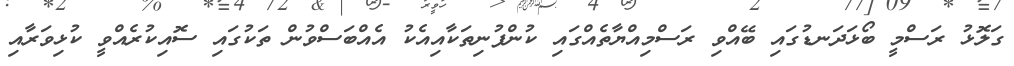
ގަލޮޅު ރަސްމީ ބޯޅަދަނޑުގައި ބޭއްވި ރަސްމިއްޔާތެއްގައި ކުންފުނިތަކާއިއެކު އެއްބަސްވުން ތަކުގައި ސޮއިކުރެއްވީ ކުޅިވަރާއި